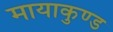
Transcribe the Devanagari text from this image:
मायाकुण्ड